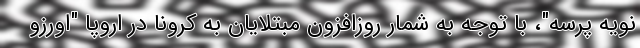
نویه پرسه"، با توجه به شمار روزافزون مبتلایان به کرونا در اروپا "اورزو